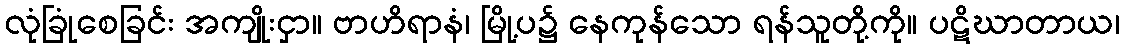
လုံခြုံစေခြင်း အကျိုးငှာ။ ဗာဟိရာနံ၊ မြို့ပ၌ နေကုန်သော ရန်သူတို့ကို။ ပဋိဃာတာယ၊